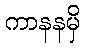
ကာနနမှိ